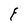
Character: F